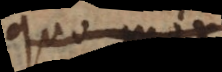
quod non